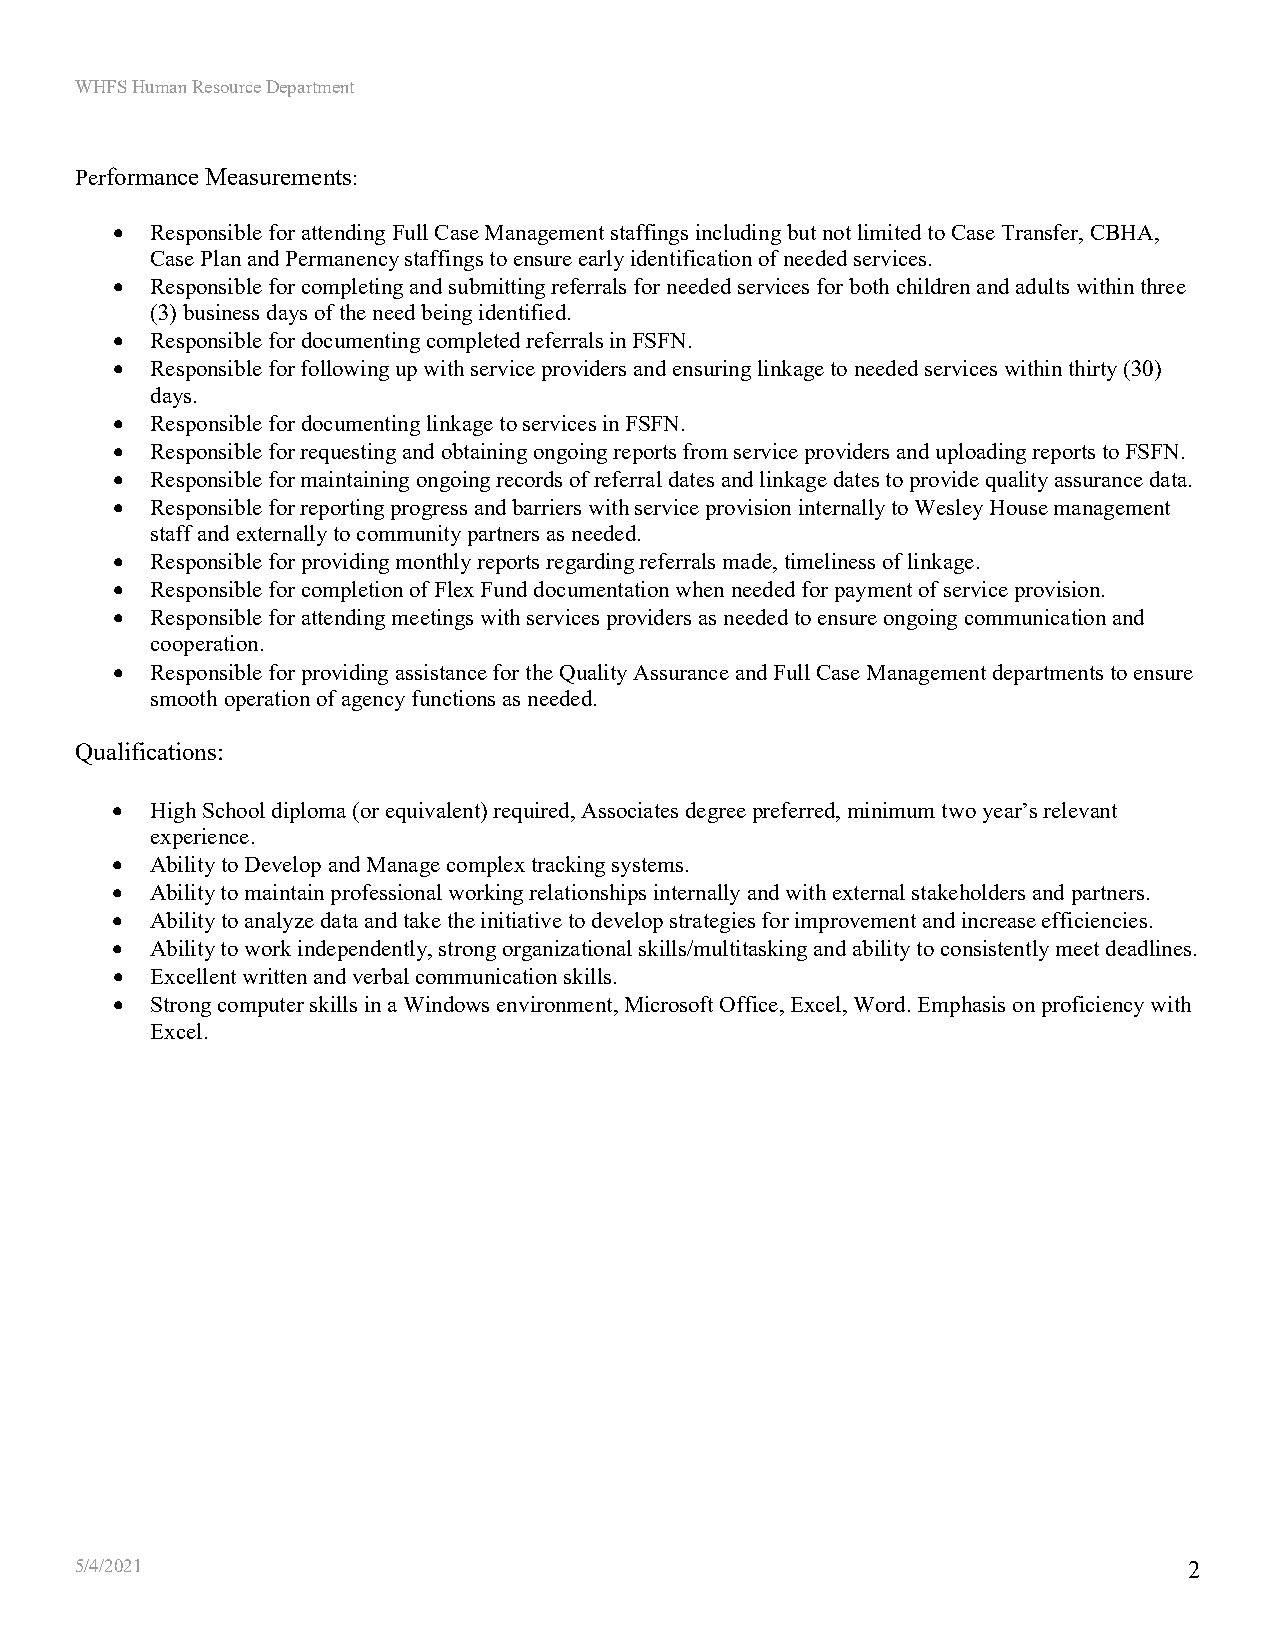
WHFS Human Resource Department
 Performance Measurements:
 •  Responsible for attending Full Case Management staffings including but not limited to Case Transfer, CBHA,
 Case Plan and Permanency staffings to ensure early identification of needed services.
 •  Responsible for completing and submitting referrals for needed services for both children and adults within three
 (3) business days of the need being identified.
 •  Responsible for documenting completed referrals in FSFN.
 •  Responsible for following up with service providers and ensuring linkage to needed services within thirty (30)
 days.
 •  Responsible for documenting linkage to services in FSFN.
 •  Responsible for requesting and obtaining ongoing reports from service providers and uploading reports to FSFN.
 •  Responsible for maintaining ongoing records of referral dates and linkage dates to provide quality assurance data.
 •  Responsible for reporting progress and barriers with service provision internally to Wesley House management
 staff and externally to community partners as needed.
 •  Responsible for providing monthly reports regarding referrals made, timeliness of linkage.
 •  Responsible for completion of Flex Fund documentation when needed for payment of service provision.
 •  Responsible for attending meetings with services providers as needed to ensure ongoing communication and
 cooperation.
 •  Responsible for providing assistance for the Quality Assurance and Full Case Management departments to ensure
 smooth operation of agency functions as needed.
 Qualifications:
 •  High School diploma (or equivalent) required, Associates degree preferred, minimum two year’s relevant
 experience.
 •  Ability to Develop and Manage complex tracking systems.
 •  Ability to maintain professional working relationships internally and with external stakeholders and partners.
 •  Ability to analyze data and take the initiative to develop strategies for improvement and increase efficiencies.
 •  Ability to work independently, strong organizational skills/multitasking and ability to consistently meet deadlines.
 •  Excellent written and verbal communication skills.
 •  Strong computer skills in a Windows environment, Microsoft Office, Excel, Word. Emphasis on proficiency with
 Excel.
 5/4/2021                                                                  2